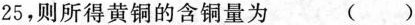
25，则所得黄铜的含铜量为 ()